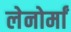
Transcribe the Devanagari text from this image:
लेनोर्मां